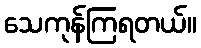
သေကုန်ကြရတယ်။